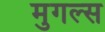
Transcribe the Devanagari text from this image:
मुगल्स